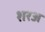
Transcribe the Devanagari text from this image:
शरअ